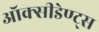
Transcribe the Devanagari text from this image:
ऑक्सीडेण्ट्स